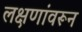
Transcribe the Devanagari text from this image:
लक्षणांवरून